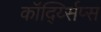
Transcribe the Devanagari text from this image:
कॉर्द्य्सिप्स